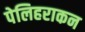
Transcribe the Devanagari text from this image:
पेलिहराकन